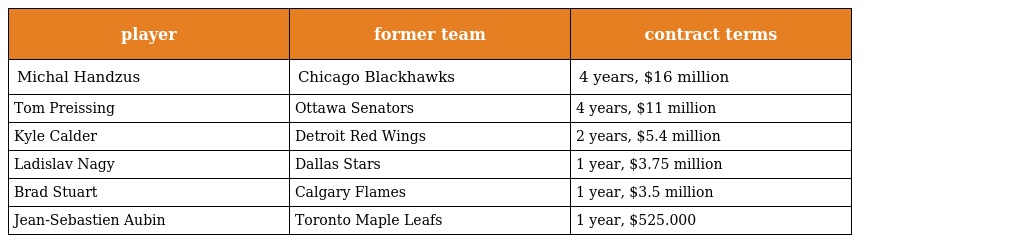
| player | former team | contract terms |
 | --- | --- | --- |
 | Michal Handzus | Chicago Blackhawks | 4 years, $16 million |
 | Tom Preissing | Ottawa Senators | 4 years, $11 million |
 | Kyle Calder | Detroit Red Wings | 2 years, $5.4 million |
 | Ladislav Nagy | Dallas Stars | 1 year, $3.75 million |
 | Brad Stuart | Calgary Flames | 1 year, $3.5 million |
 | Jean-Sebastien Aubin | Toronto Maple Leafs | 1 year, $525.000 |